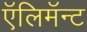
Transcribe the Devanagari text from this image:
ऍलिमॅन्ट